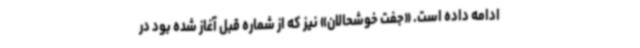
ادامه داده است. «جفت خوشحالان» نیز که از شماره قبل آغاز شده بود در